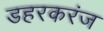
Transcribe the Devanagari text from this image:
डहरकरंज